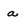
Character: a